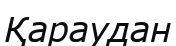
Қараудан